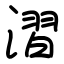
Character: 漝